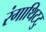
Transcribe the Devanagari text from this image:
रंगाथिटटु